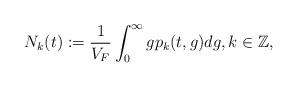
LaTeX: \begin{align*} N_k(t):=\frac{1}{V_F}\int_{0}^{\infty}gp_k(t,g)dg,k\in\mathbb{Z},\end{align*}